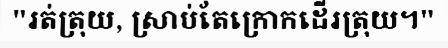
"រត់ត្រុយ, ស្រាប់តែក្រោកដើរត្រុយ។"